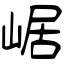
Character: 崌